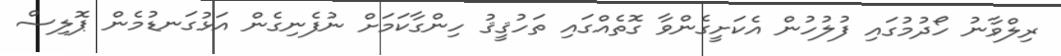
ރިލްވާނު ހޯދުމުގައި ފުލުހުން އެކަށީގެންވާ ގޮތެއްގައި ތަހުޤީޤު ހިންގާކަމަށް ނުފެނިގެން އަޅުގަނޑުމެން ޕޮލިސް